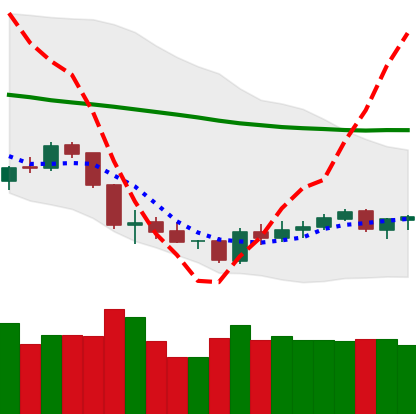
Ticker: BTC-USD
Chart end date: 2018-06-06
Forward return: -9.76%
Label: down_7plus